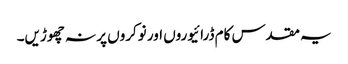
یہ مقدس کام ڈرائیوروں اور نوکروں پر نہ چھوڑیں۔